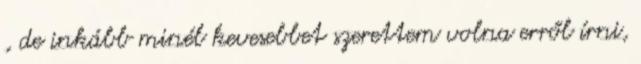
, de inkább minél kevesebbet szerettem volna erről írni,